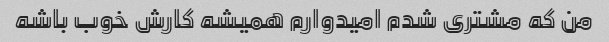
من که مشتری شدم امیدوارم همیشه کارش خوب باشه